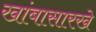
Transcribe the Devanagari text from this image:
खांबासारखे